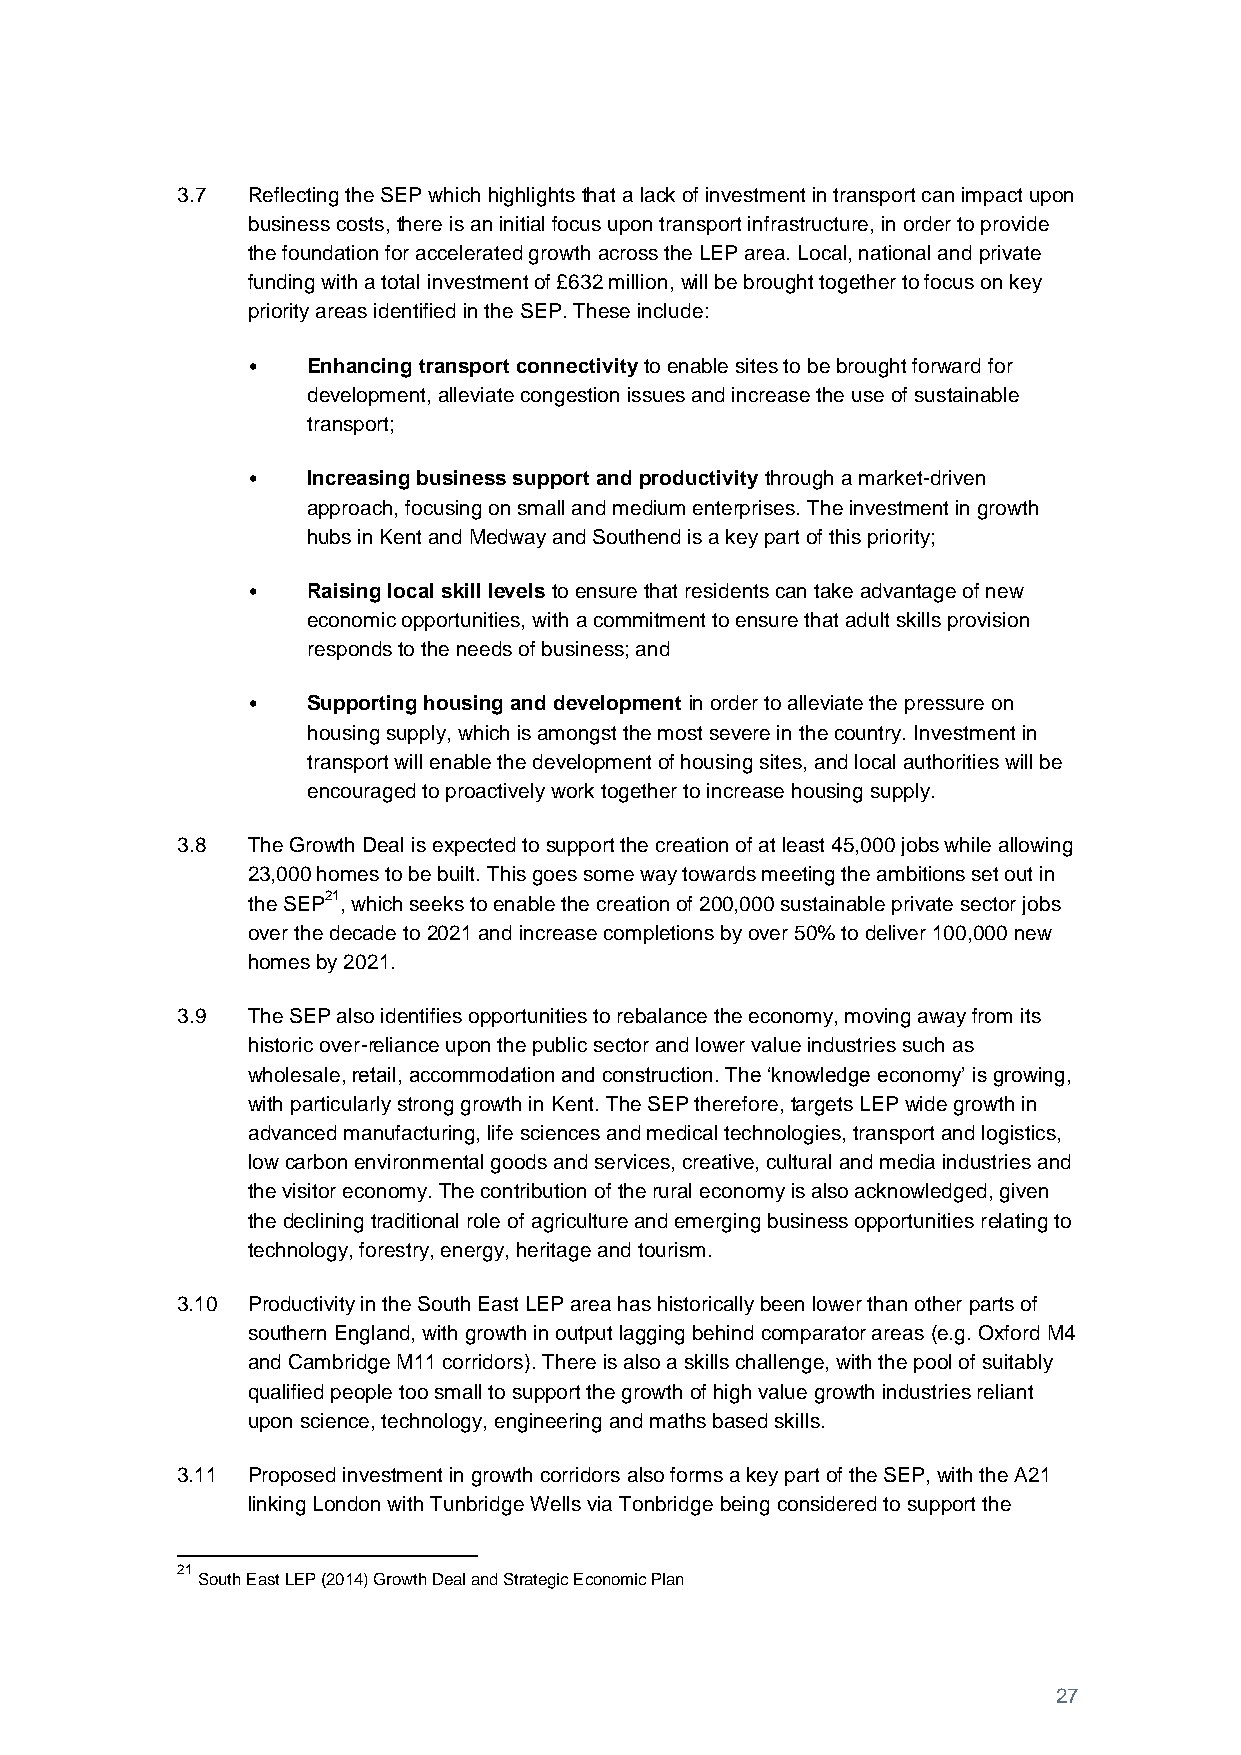
3.7 Reflecting the SEP which highlights that a lack of investment in transport can impact upon
 business costs, there is an initial focus upon transport infrastructure, in order to provide
 the foundation for accelerated growth across the LEP area. Local, national and private
 funding with a total investment of £632 million, will be brought together to focus on key
 priority areas identified in the SEP. These include:
 •   Enhancing transport connectivity to enable sites to be brought forward for
 development, alleviate congestion issues and increase the use of sustainable
 transport;
 •   Increasing business support and productivity through a market-driven
 approach, focusing on small and medium enterprises. The investment in growth
 hubs in Kent and Medway and Southend is a key part of this priority;
 •   Raising local skill levels to ensure that residents can take advantage of new
 economic opportunities, with a commitment to ensure that adult skills provision
 responds to the needs of business; and
 •   Supporting housing and development in order to alleviate the pressure on
 housing supply, which is amongst the most severe in the country. Investment in
 transport will enable the development of housing sites, and local authorities will be
 encouraged to proactively work together to increase housing supply.
 3.8 The Growth Deal is expected to support the creation of at least 45,000 jobs while allowing
 23,000 homes to be built. This goes some way towards meeting the ambitions set out in
 the SEP21, which seeks to enable the creation of 200,000 sustainable private sector jobs
 over the decade to 2021 and increase completions by over 50% to deliver 100,000 new
 homes by 2021.
 3.9 The SEP also identifies opportunities to rebalance the economy, moving away from its
 historic over-reliance upon the public sector and lower value industries such as
 wholesale, retail, accommodation and construction. The ‘knowledge economy’ is growing,
 with particularly strong growth in Kent. The SEP therefore, targets LEP wide growth in
 advanced manufacturing, life sciences and medical technologies, transport and logistics,
 low carbon environmental goods and services, creative, cultural and media industries and
 the visitor economy. The contribution of the rural economy is also acknowledged, given
 the declining traditional role of agriculture and emerging business opportunities relating to
 technology, forestry, energy, heritage and tourism.
 3.10 Productivity in the South East LEP area has historically been lower than other parts of
 southern England, with growth in output lagging behind comparator areas (e.g. Oxford M4
 and Cambridge M11 corridors). There is also a skills challenge, with the pool of suitably
 qualified people too small to support the growth of high value growth industries reliant
 upon science, technology, engineering and maths based skills.
 3.11 Proposed investment in growth corridors also forms a key part of the SEP, with the A21
 linking London with Tunbridge Wells via Tonbridge being considered to support the
 21
 South East LEP (2014) Growth Deal and Strategic Economic Plan
 27